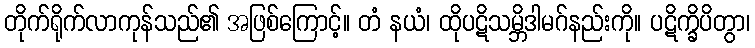
တိုက်ရိုက်လာကုန်သည်၏ အဖြစ်ကြောင့်။ တံ နယံ၊ ထိုပဋိသမ္ဘိဒါမဂ်နည်းကို။ ပဋိက္ခိပိတွာ၊